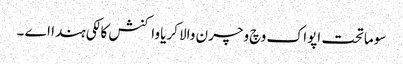
سوماتحت اپواک وچ وچرن والا کریا واکنش کالکی ہندا اے ۔